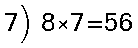
7) 8×7=56